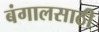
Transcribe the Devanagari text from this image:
बंगालसाठी